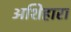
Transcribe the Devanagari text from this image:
अशिहारा